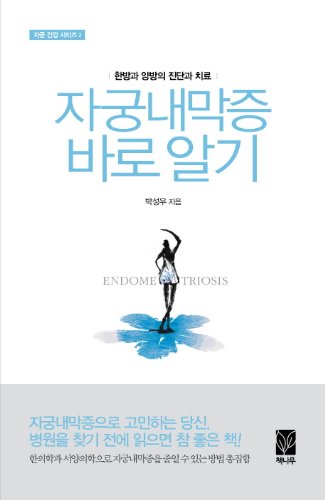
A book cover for Endometriosis Awareness (Korean edition); Health, Fitness & Dieting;